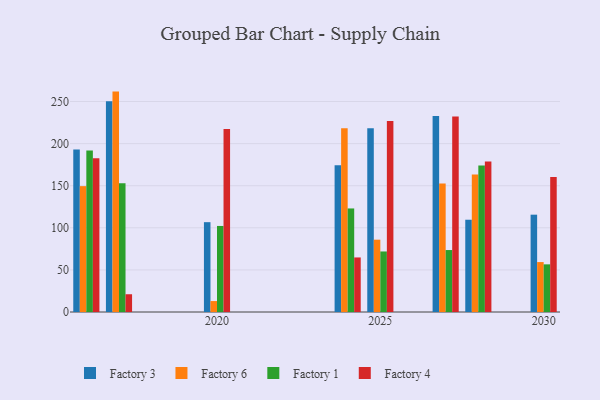
{"axis": {"x": "Year", "y": "Satisfaction Score"}, "legend": ["Factory 1", "Factory 3", "Factory 4", "Factory 6"], "data": [{"x": "2017", "y": 250.3, "type": "Factory 3"}, {"x": "2017", "y": 261.8, "type": "Factory 6"}, {"x": "2017", "y": 152.8, "type": "Factory 1"}, {"x": "2017", "y": 21.1, "type": "Factory 4"}, {"x": "2030", "y": 115.6, "type": "Factory 3"}, {"x": "2030", "y": 59.3, "type": "Factory 6"}, {"x": "2030", "y": 56.6, "type": "Factory 1"}, {"x": "2030", "y": 160.3, "type": "Factory 4"}, {"x": "2020", "y": 106.7, "type": "Factory 3"}, {"x": "2020", "y": 13.0, "type": "Factory 6"}, {"x": "2020", "y": 102.2, "type": "Factory 1"}, {"x": "2020", "y": 217.3, "type": "Factory 4"}, {"x": "2025", "y": 218.4, "type": "Factory 3"}, {"x": "2025", "y": 85.9, "type": "Factory 6"}, {"x": "2025", "y": 71.9, "type": "Factory 1"}, {"x": "2025", "y": 227.0, "type": "Factory 4"}, {"x": "2027", "y": 232.9, "type": "Factory 3"}, {"x": "2027", "y": 152.5, "type": "Factory 6"}, {"x": "2027", "y": 73.6, "type": "Factory 1"}, {"x": "2027", "y": 232.3, "type": "Factory 4"}, {"x": "2024", "y": 174.4, "type": "Factory 3"}, {"x": "2024", "y": 218.4, "type": "Factory 6"}, {"x": "2024", "y": 123.0, "type": "Factory 1"}, {"x": "2024", "y": 64.8, "type": "Factory 4"}, {"x": "2028", "y": 109.6, "type": "Factory 3"}, {"x": "2028", "y": 163.3, "type": "Factory 6"}, {"x": "2028", "y": 174.0, "type": "Factory 1"}, {"x": "2028", "y": 178.9, "type": "Factory 4"}, {"x": "2016", "y": 193.1, "type": "Factory 3"}, {"x": "2016", "y": 149.5, "type": "Factory 6"}, {"x": "2016", "y": 191.8, "type": "Factory 1"}, {"x": "2016", "y": 182.5, "type": "Factory 4"}]}